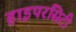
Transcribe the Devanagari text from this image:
हाइपरसिटी